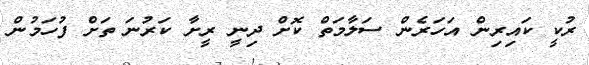
ރުކީ ކައިރިން އަހަރެން ސަލާމަތް ކޮށް ދިނީ ރީށާ ކަރުނަ ތަށް ފުހަމުން